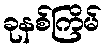
ခုနစ်ကြိမ်